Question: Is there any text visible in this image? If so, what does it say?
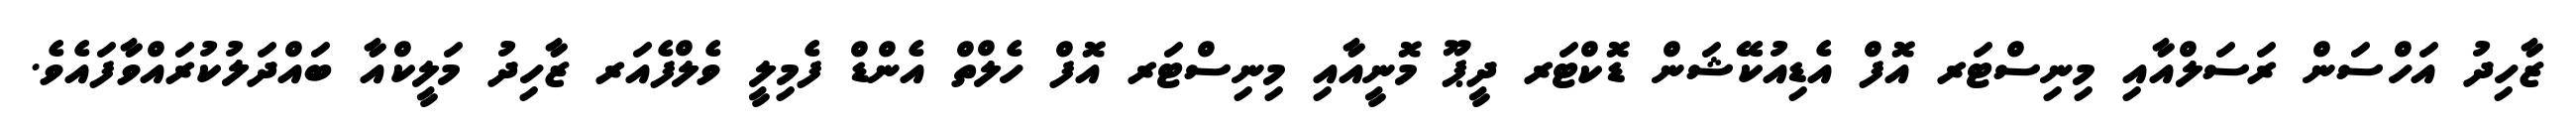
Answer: ޒާހިދު އަހްސަން ރަސަލްއާއި މިނިސްޓަރ އޮފް އެޑިއުކޭޝަން ޑޮކްޓަރ ދީޕޫ މޮނީއާއި މިނިސްޓަރ އޮފް ހެލްތް އެންޑް ފެމިލީ ވެލްފެއަރ ޒާހިދު މަލީކްއާ ބައްދަލުކުރައްވާފައެވެ.